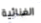
الغنائية